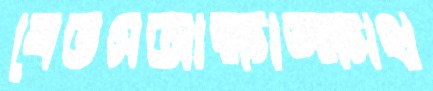
বেতসআক্ষাঙ্ক্ষাথ